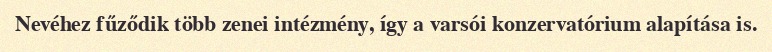
Nevéhez fűződik több zenei intézmény, így a varsói konzervatórium alapítása is.